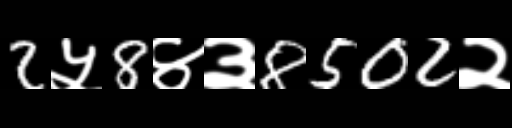
Text: 2५8४३8502२